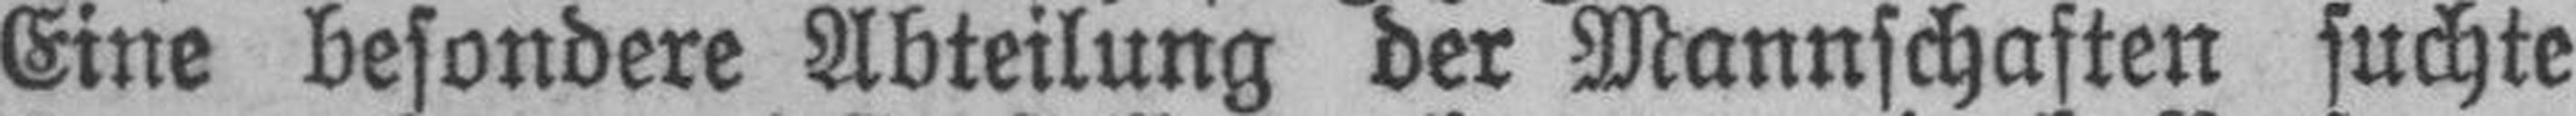
Eine besondere Abteilung der Mannschaften suchte